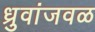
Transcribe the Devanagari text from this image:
ध्रुवांजवळ